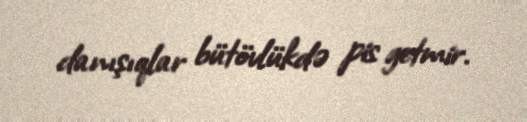
danışıqlar bütövlükdə pis getmir.